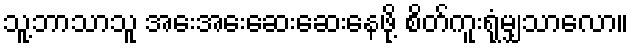
သူ့ဘာသာသူ အေးအေးဆေးဆေးနေဖို့ စိတ်ကူးရုံမျှသာလော။